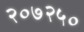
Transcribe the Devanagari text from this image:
२०७२५०